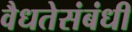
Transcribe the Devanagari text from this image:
वैधतेसंबंधी